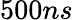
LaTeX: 500ns